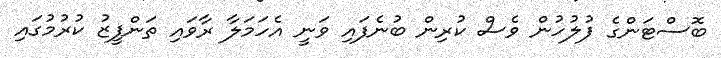
ބޮސްޓަންގެ ފުލުހުން ވެސް ކުރިން ބުނެފައި ވަނީ އެހަމަލާ ރާވައި ތަންފީޒު ކުރުމުގައި